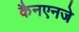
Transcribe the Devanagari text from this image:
कैनएनजे